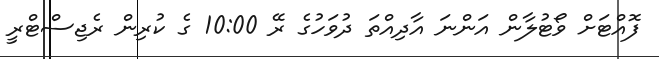
ފޮއްޓަށް ވޯޓުލާން އަންނަ އާދިއްތަ ދުވަހުގެ ރޭ 10:00 ގެ ކުރިން ރެޖިސްޓްރީ